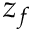
z _ { f }